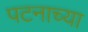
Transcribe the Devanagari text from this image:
पटनाच्या